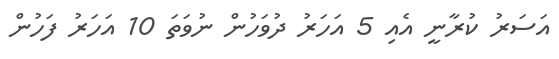
އަސަރު ކުރާނީ އެއި 5 އަހަރު ދުވަހުން ނުވަތަ 10 އަހަރު ފަހުން